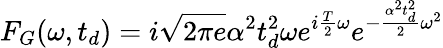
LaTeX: F_{G}(\omega,t_{d})=i\sqrt{2\pi e}\alpha^{2}t_{d}^{2}\omega e^{i\frac{T}{2}\omega}e^{-\frac{\alpha^{2}t_{d}^{2}}{2}\omega^{2}}